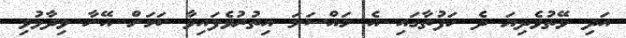
އަދި ވޭތުވެދިޔަ ދެ ހަފުތާގައި އެ މައްސަލަ އިތުރުވެފައިވާ ކަމަށް އޭނާ ވިދާޅުވި